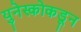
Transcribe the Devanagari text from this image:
युनेस्कोकडून